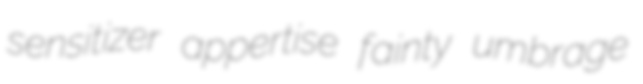
sensitizer appertise fainty umbrage